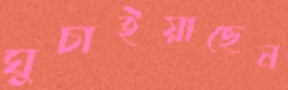
ঘুচাইয়াছেন